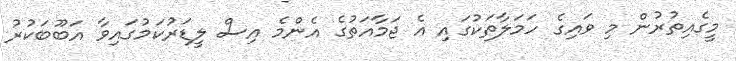
މީގެއިތުރުން މި ވައިގެ ހަމަލާތަކުގައި އެ ޖަމާއަތުގެ އެންމެ އިސް ލީޑަރުކަމުގައިވާ އަބޫބަކުރު